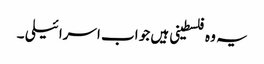
یہ وہ فلسطینی ہیں جو اب اسرائیلی ۔